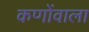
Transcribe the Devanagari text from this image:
कणोंवाला